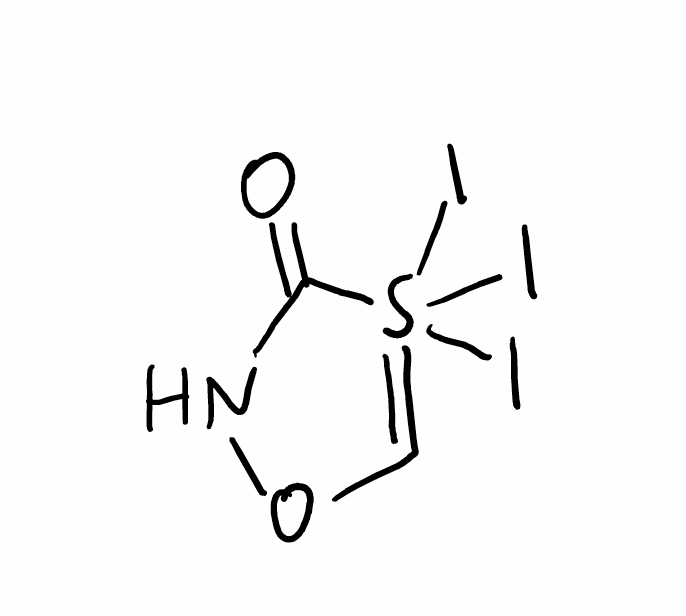
Simplified molecular-input line-entry system (SMILES) notation of the given molecule:
C1=S(C(=O)NO1)(I)(I)I